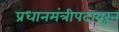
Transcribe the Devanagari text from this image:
प्रधानमंत्रीपदावरून